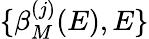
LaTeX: \{ \beta_{M}^{(j)}(E),E\}